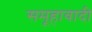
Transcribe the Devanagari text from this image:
समूहावादी